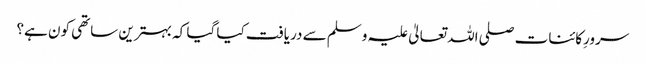
سرورِکائنات صلی اللہ تعالیٰ علیہ وسلم سے دریافت کیا گیا کہ بہترین ساتھی کون ہے؟